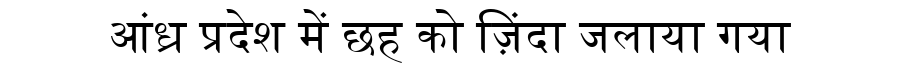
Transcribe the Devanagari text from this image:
आंध्र प्रदेश में छह को ज़िंदा जलाया गया